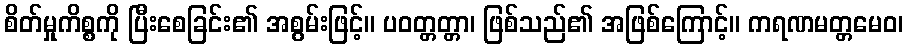
စိတ်မှုကိစ္စကို ပြီးစေခြင်း၏ အစွမ်းဖြင့်။ ပဝတ္တတ္တာ၊ ဖြစ်သည်၏ အဖြစ်ကြောင့်။ ကရဏမတ္တမေဝ၊